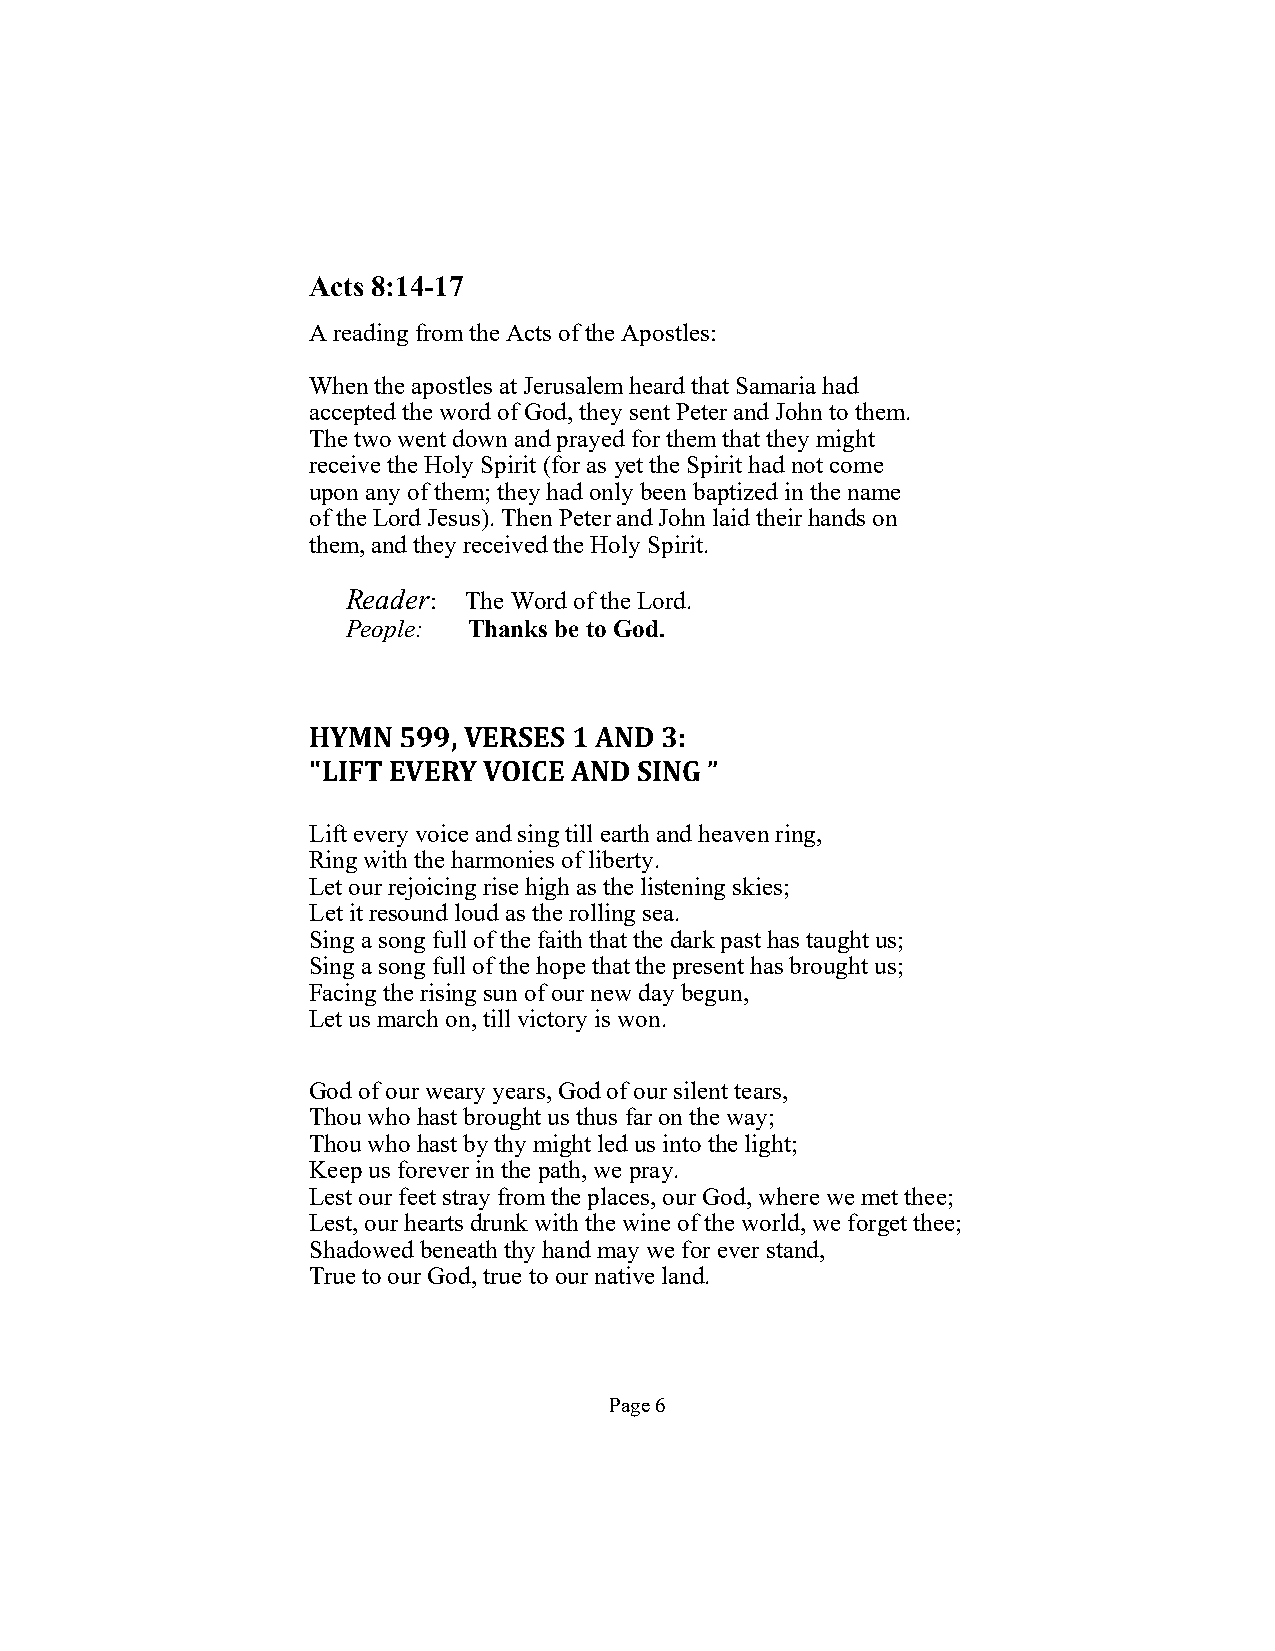
Acts 8:14-17
 A reading from the Acts of the Apostles:
 When the apostles at Jerusalem heard that Samaria had
 accepted the word of God, they sent Peter and John to them.
 The two went down and prayed for them that they might
 receive the Holy Spirit (for as yet the Spirit had not come
 upon any of them; they had only been baptized in the name
 of the Lord Jesus). Then Peter and John laid their hands on
 them, and they received the Holy Spirit.
 Reader: The Word of the Lord.
 People: Thanks be to God.
 HYMN  599, VERSES 1 AND 3:
 "LIFT EVERY VOICE AND SING ”
 Lift every voice and sing till earth and heaven ring,
 Ring with the harmonies of liberty.
 Let our rejoicing rise high as the listening skies;
 Let it resound loud as the rolling sea.
 Sing a song full of the faith that the dark past has taught us;
 Sing a song full of the hope that the present has brought us;
 Facing the rising sun of our new day begun,
 Let us march on, till victory is won.
 God of our weary years, God of our silent tears,
 Thou who hast brought us thus far on the way;
 Thou who hast by thy might led us into the light;
 Keep us forever in the path, we pray.
 Lest our feet stray from the places, our God, where we met thee;
 Lest, our hearts drunk with the wine of the world, we forget thee;
 Shadowed beneath thy hand may we for ever stand,
 True to our God, true to our native land.
 Page 6